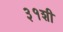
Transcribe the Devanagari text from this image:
३१शी